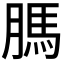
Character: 𦟐